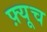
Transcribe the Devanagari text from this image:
फ़्यूच